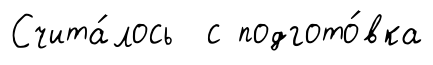
Счита́лось с подгото́вка